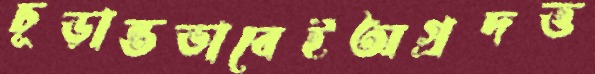
চূড়ান্তভাবেইঅগ্রদত্ত